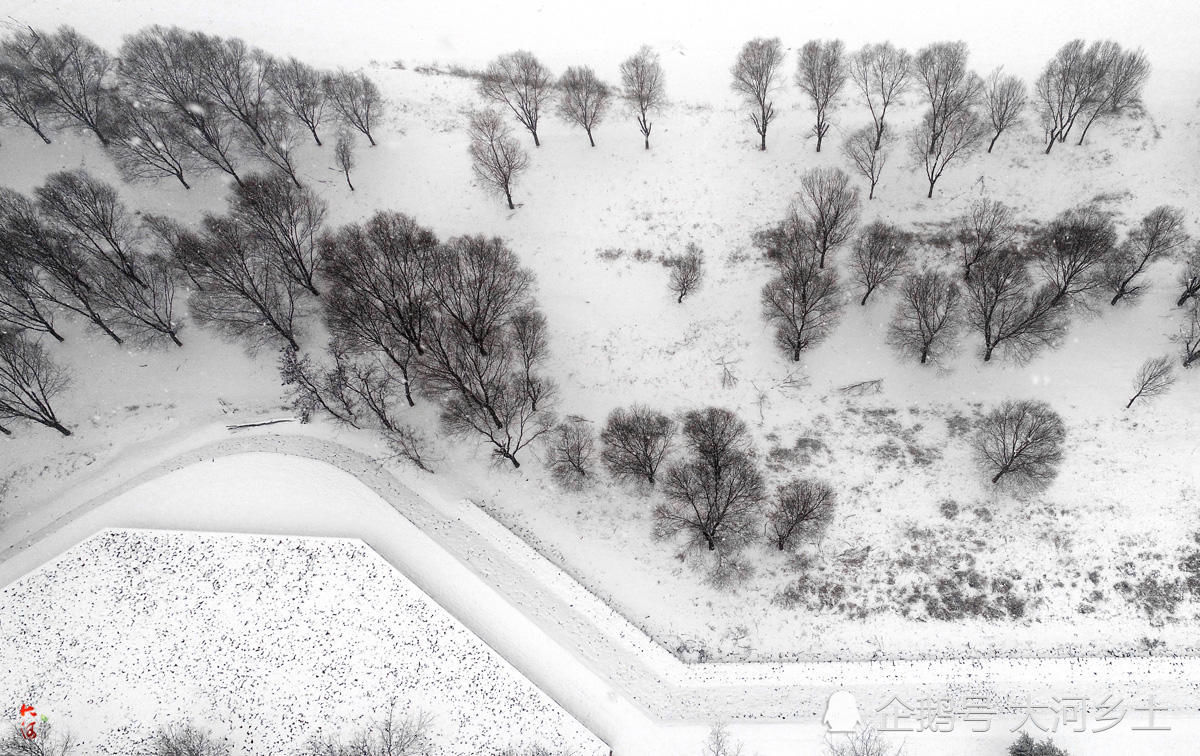
俯瞰黄河小，高悬白雪清。